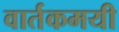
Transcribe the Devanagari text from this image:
वार्तकमयी